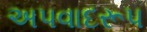
અપવાદરૂપ